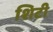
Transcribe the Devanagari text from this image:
शिटी